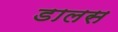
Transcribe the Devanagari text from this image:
डालस